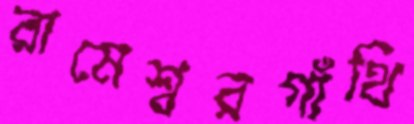
রামেশ্বরগাঁথি